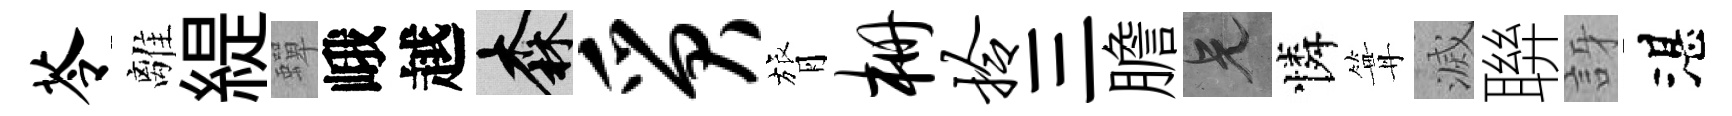
苓離緹蟬峨越森质膂栅拎三膽兄憐篝滅聨訝湛